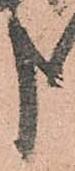
申